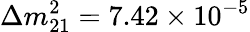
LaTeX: \Delta m_{21}^{2}=7.42\times 10^{-5}